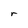
Character: r